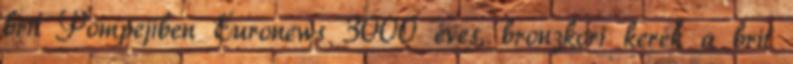
brit Pompejiben Euronews 3000 éves, bronzkori kerék a brit